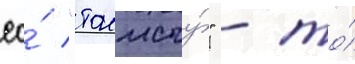
ео́ "толмачу́" - то́